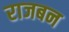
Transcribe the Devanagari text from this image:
राजबन